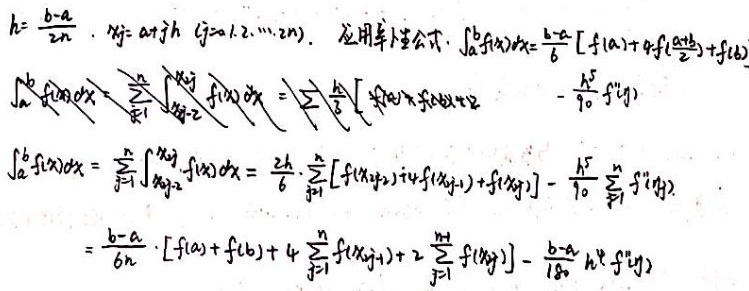
\[
\begin{align*}
h&=\frac{b - a}{2n},\ x_j=a + jh\ (j = 1,2,\cdots,2n).
\end{align*}
\]
应用辛卜生公式，
\[
\begin{align*}
\int_{a}^{b}f(x)dx&=\frac{b - a}{6}\left[f(a)+4f\left(\frac{a + b}{2}\right)+f(b)\right]\\
\int_{a}^{b}f(x)dx&=\sum_{j = 1}^{n}\int_{x_{2j - 2}}^{x_{2j}}f(x)dx=\sum_{j = 1}^{n}\frac{h}{3}\left[f(x_{2j - 2})+4f(x_{2j - 1})+f(x_{2j})\right]-\frac{h^{5}}{90}f^{(4)}(\eta_{1})\\
\int_{a}^{b}f(x)dx&=\sum_{j = 1}^{n}\int_{x_{2j - 2}}^{x_{2j}}f(x)dx=\frac{2h}{6}\cdot\sum_{j = 1}^{n}\left[f(x_{2j - 2})+4f(x_{2j - 1})+f(x_{2j})\right]-\frac{h^{5}}{90}\sum_{j = 1}^{n}f^{(4)}(\eta_{2})\\
&=\frac{b - a}{6n}\cdot\left[f(a)+f(b)+4\sum_{j = 1}^{n}f(x_{2j - 1})+2\sum_{j = 1}^{n - 1}f(x_{2j})\right]-\frac{b - a}{180}h^{4}f^{(4)}(\eta_{3})
\end{align*}
\]